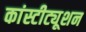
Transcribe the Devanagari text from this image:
कांस्टीट्यूशन